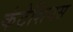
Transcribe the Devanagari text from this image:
कंटेशियस